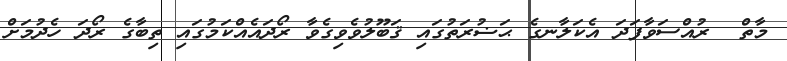
މާތް  ރުއްސަވާފަދަ އެކަލާނގެ ޙަޟުރަތުގައި ޤަބޫލުވެވިގެވާ ރޯދައެއްކަމުގައި ތިބާގެ ރޯދަ ހެދުމަށް